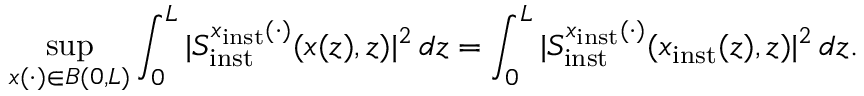
\operatorname* { s u p } _ { x ( \cdot ) \in B ( 0 , L ) } \int _ { 0 } ^ { L } \vert S _ { \mathrm { i n s t } } ^ { x _ { \mathrm { i n s t } } ( \cdot ) } ( x ( z ) , z ) \vert ^ { 2 } \, d z = \int _ { 0 } ^ { L } \vert S _ { \mathrm { i n s t } } ^ { x _ { \mathrm { i n s t } } ( \cdot ) } ( x _ { \mathrm { i n s t } } ( z ) , z ) \vert ^ { 2 } \, d z .